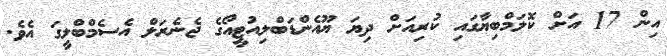
އިން 17 އަށް ކޮލަމްބިޔާގައި ކުރިއަށް ދިޔަ ޔޫއެންޑަބްލިއުޓީއޯގެ ޖެނެރަލް އެސެމްބްލީގަ އެވެ.